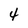
Character: 4